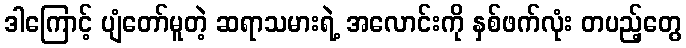
ဒါကြောင့် ပျံတော်မူတဲ့ ဆရာသမားရဲ့ အလောင်းကို နှစ်ဖက်လုံး တပည့်တွေ